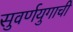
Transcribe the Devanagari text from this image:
सुवर्णयुगाची